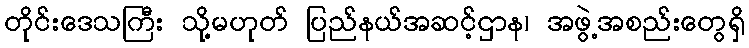
တိုင်းဒေသကြီး သို့မဟုတ် ပြည်နယ်အဆင့်ဌာန၊ အဖွဲ့အစည်းတွေရှိ